Report of the Imperial Institute of Veterinary Research, Muktesar
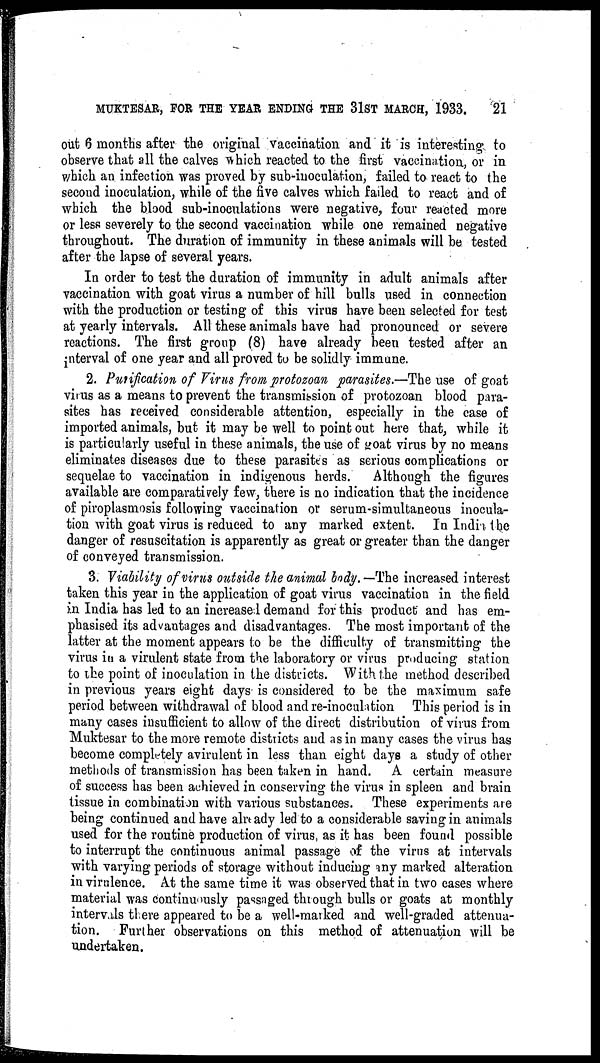
MUKTESAR, FOR THE YEAR ENDING THE 31ST MARCH, 1933.
21
out 6 months after the original vaccination and it is interesting to
observe that all the calves which reacted to the first vaccination, or in
which an infection was proved by sub-inoculation, failed to react to the
second inoculation, while of the five calves which failed to react and of
which the blood sub-inoculations were negative, four reacted more
or less severely to the second vaccination while one remained negative
throughout. The duration of immunity in these animals will be tested
after the lapse of several years.
In order to test the duration of immunity in adult animals after
vaccination with goat virus a number of hill bulls used in connection
with the production or testing of this virus have been selected for test
at yearly intervals. All these animals have had pronounced or severe
reactions. The first group (8) have already been tested after an
interval of one year and all proved to be solidly immune.
2. Purification of Virus from protozoan parasites.—The use of goat
virus as a means to prevent the transmission of protozoan blood para-
sites has received considerable attention, especially in the case of
imported animals, but it may be well to point out here that, while it
is particularly useful in these animals, the use of goat virus by no means
eliminates diseases due to these parasites as serious complications or
sequelae to vaccination in indigenous herds.
Although the figures
available are comparatively few, there is no indication that the incidence
of piroplasmosis following vaccination or serum-simultaneous inocula-
tion with goat virus is reduced to any marked extent. In India the
danger of resuscitation is apparently as great or greater than the danger
of conveyed transmission.
3. Viability of virus outside the animal body. — The increased interest
taken this year in the application of goat virus vaccination in the field
in India has led to an increased demand for this product and has em-
phasised its advantages and disadvantages. The most important of the
latter at the moment appears to be the difficulty of transmitting the
virus in a virulent state from the laboratory or virus producing station
to the point of inoculation in the districts. With the method described
in previous years eight days is considered to be the maximum safe
period between withdrawal of blood and re-inoculation This period is in
many cases insufficient to allow of the direct distribution of virus from
Muktesar to the more remote districts and as in many cases the virus has
become completely avirulent in less than eight days a study of other
methods of transmission has been taken in hand. A certain measure
of success has been achieved in conserving the virus in spleen and brain
tissue in combination with various substances. These experiments are
being continued and have already led to a considerable saving in animals
used for the routine production of virus, as it has been found possible
to interrupt the continuous animal passage of the virus at intervals
with varying periods of storage without inducing any marked alteration
in virulence. At the same time it was observed that in two cases where
material was continuously passaged through bulls or goats at monthly
intervals there appeared to be a well-marked and well-graded attenua-
tion. Further observations on this method of attenuation will be
undertaken.